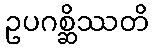
ဥပဂစ္ဆိဿတိ